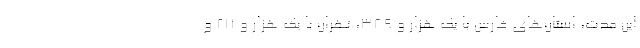
این مدت، استان‌های فارس با یک هزار و ۳۸۹، تهران با یک هزار و ۲۱۱ و